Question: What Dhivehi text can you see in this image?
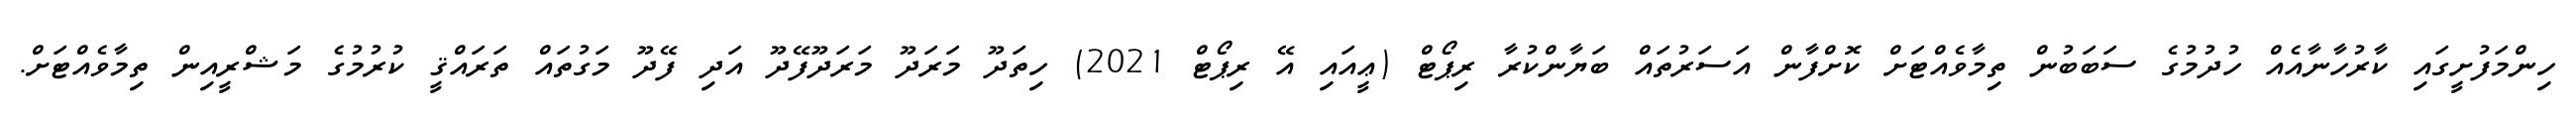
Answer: ހިންމަފުށީގައި ކާރުހާނާއެއް ހުދުމުގެ ސަބަބުން ތިމާވެއްޓަށް ކޮށްފާން އަސަރުތައް ބަޔާންކުރާ ރިޕޯޓް (ޢީއައި އޭ ރިޕޯޓް 2021) ހިތަދޫ މަރަދޫ މަރަދޫފޭދޫ އަދި ފޭދޫ މަގުތައް ތަރައްޤީ ކުރުމުގެ މަޝްރީއިން ތިމާވެއްޓަށް.